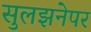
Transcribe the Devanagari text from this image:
सुलझनेपर